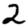
Digit: 2